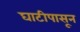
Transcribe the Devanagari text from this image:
घाटीपासून